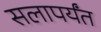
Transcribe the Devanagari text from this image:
सलापर्यंत